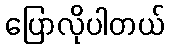
ပြောလိုပါတယ်